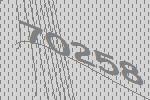
70258